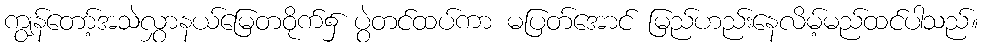
ကျွန်တော့်အသဲလွှာနယ်မြေတဝိုက်၌ ပွဲတင်ထပ်ကာ မပြတ်အောင် မြည်ဟည်းနေလိမ့်မည်ထင်ပါသည်။